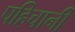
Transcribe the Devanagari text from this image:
पहिचानी